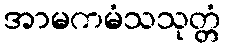
အာမကမံသသုတ္တံ